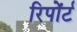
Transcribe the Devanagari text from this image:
रिपोंर्ट